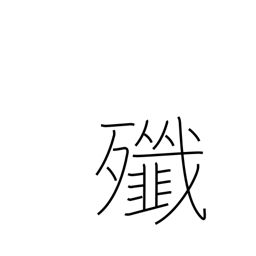
Meaning: massacre